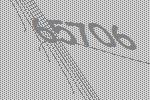
65706